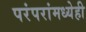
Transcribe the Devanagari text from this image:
परंपरांमध्येही